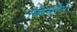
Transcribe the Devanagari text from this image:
किमीने